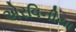
એરવિનીયા